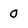
Character: 0